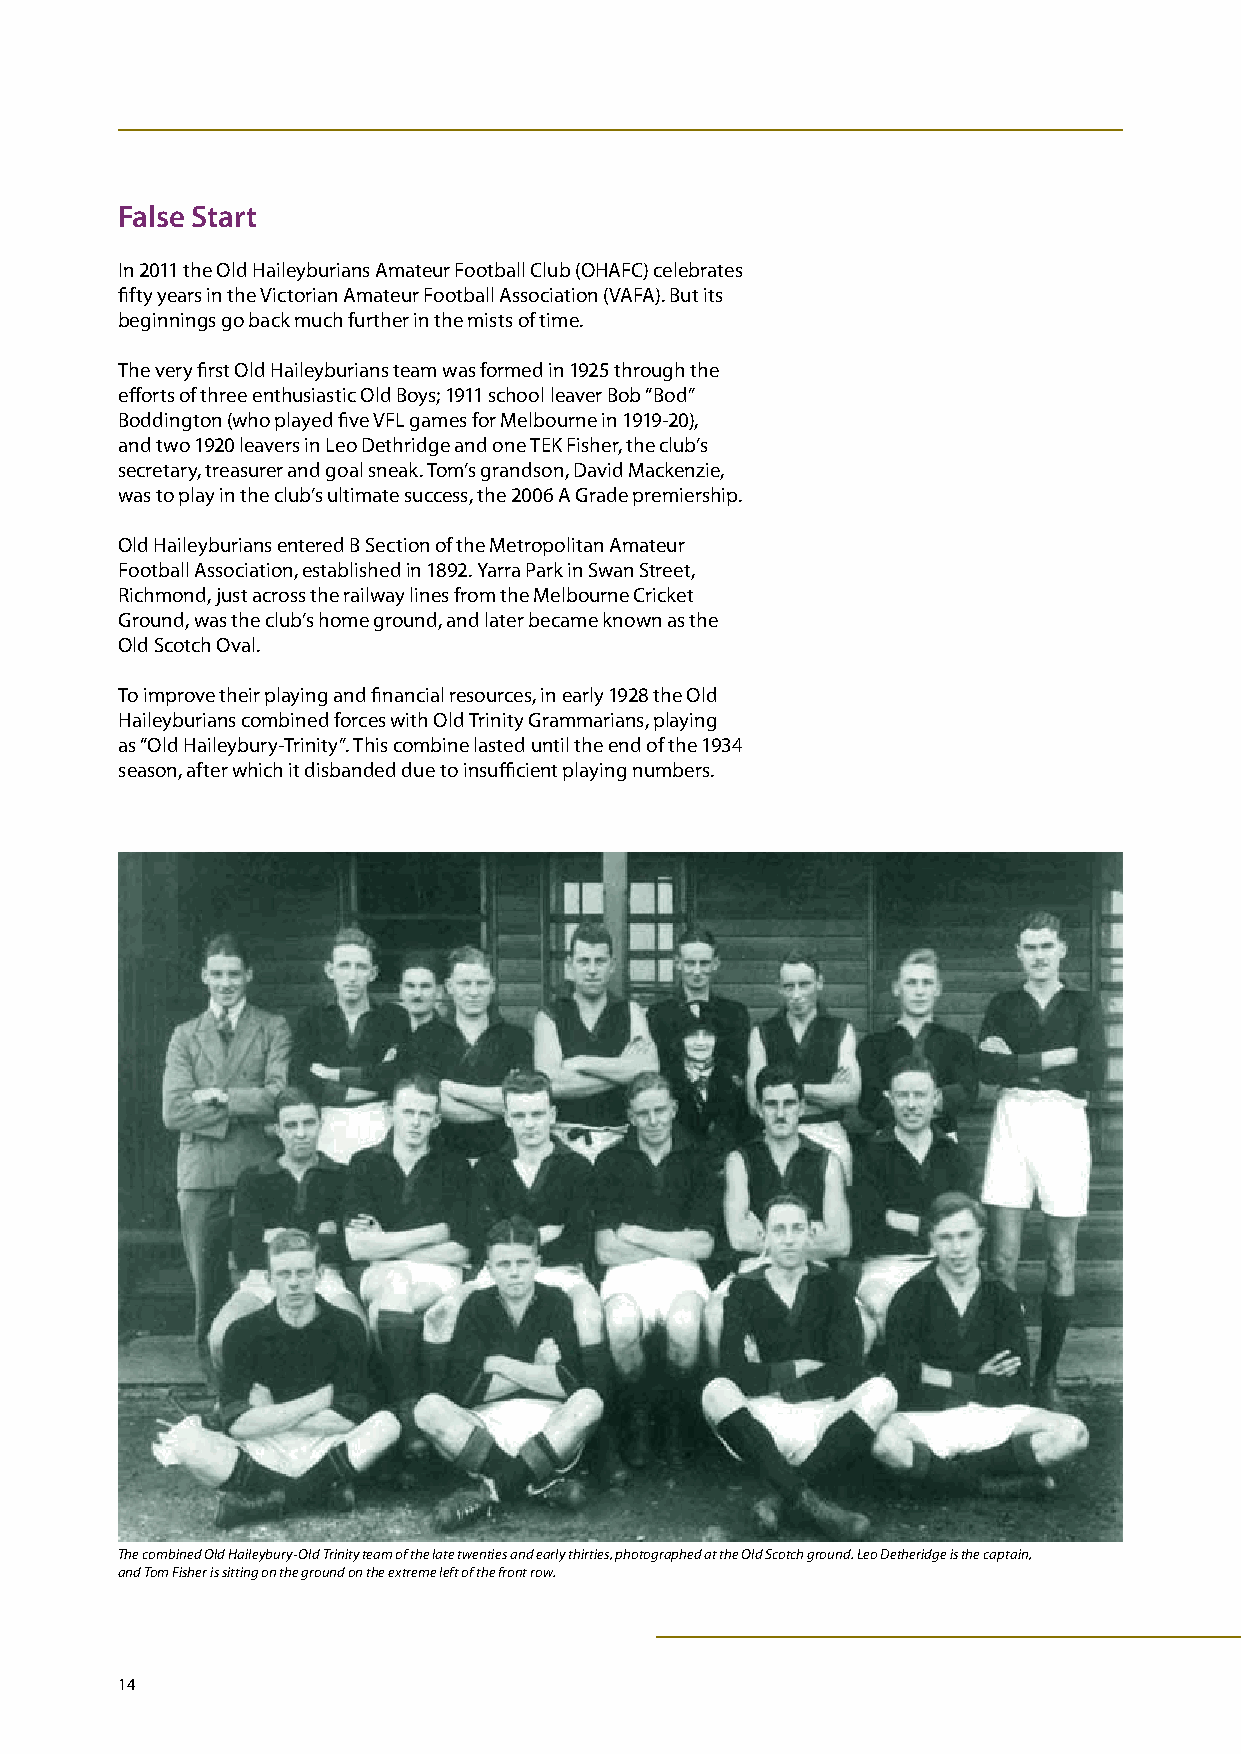
False Start
 In 2011 the Old Haileyburians Amateur Football Club (OHAFC) celebrates
 fifty years in the Victorian Amateur Football Association (VAFA). But its
 beginnings go back much further in the mists of time.
 The very first Old Haileyburians team was formed in 1925 through the
 efforts of three enthusiastic Old Boys; 1911 school leaver Bob “Bod”
 Boddington (who played five VFL games for Melbourne in 1919-20),
 and two 1920 leavers in Leo Dethridge and one TEK Fisher, the club’s
 secretary, treasurer and goal sneak. Tom’s grandson, David Mackenzie,
 was to play in the club’s ultimate success, the 2006 A Grade premiership.
 Old Haileyburians entered B Section of the Metropolitan Amateur
 Football Association, established in 1892. Yarra Park in Swan Street,
 Richmond, just across the railway lines from the Melbourne Cricket
 Ground, was the club’s home ground, and later became known as the
 Old Scotch Oval.
 To improve their playing and financial resources, in early 1928 the Old
 Haileyburians combined forces with Old Trinity Grammarians, playing
 as “Old Haileybury-Trinity”. This combine lasted until the end of the 1934
 season, after which it disbanded due to insufficient playing numbers.
 The combined Old Haileybury-Old Trinity team of the late twenties and early thirties, photographed at the Old Scotch ground. Leo Detheridge is the captain,
 and Tom Fisher is sitting on the ground on the extreme left of the front row.
 14